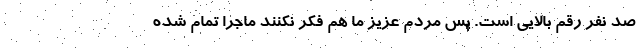
صد نفر رقم بالایی است. پس مردم عزیز ما هم فکر نکنند ماجرا تمام شده